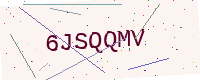
Text: 6JSQQMV